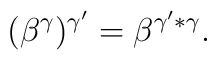
(\beta ^{\gamma})^{\gamma '} = \beta ^{\gamma ' * \gamma}.